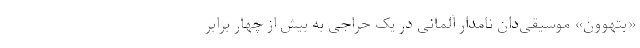
«بتهوون» موسیقی‌دان نامدار آلمانی در یک حراجی به بیش از چهار برابر